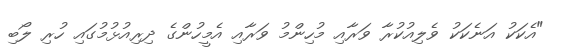
"އެކަކު އަނެކަކު ވެލިއުކުރާ ވަރާއި މުހިންމު ވަރާއި އެމީހުންގެ ދިރިއުޅުމުގައި ހުރި ލޯބި